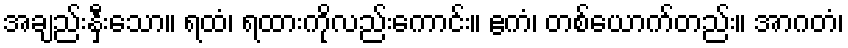
အချည်းနှီးသော။ ရထံ၊ ရထားကိုလည်းကောင်း။ ဧကံ၊ တစ်ယောက်တည်း။ အာဂတံ၊